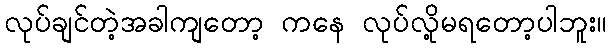
လုပ်ချင်တဲ့အခါကျတော့ ကနေ လုပ်လို့မရတော့ပါဘူး။